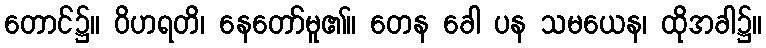
တောင်၌။ ဝိဟရတိ၊ နေတော်မူ၏။ တေန ခေါ ပန သမယေန၊ ထိုအခါ၌။